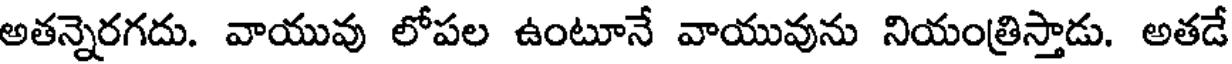
అతన్నెరగదు. వాయువు లోపల ఉంటూనే వాయువును నియంత్రిస్తాడు. అతడే